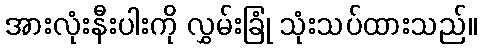
အားလုံးနီးပါးကို လွှမ်းခြုံ သုံးသပ်ထားသည်။